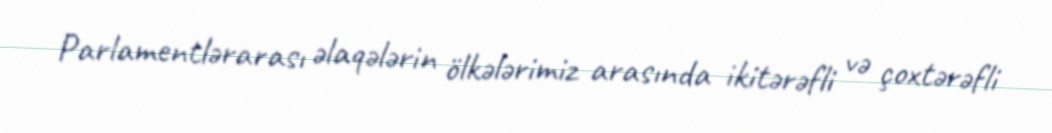
Parlamentlərarası əlaqələrin ölkələrimiz arasında ikitərəfli və çoxtərəfli